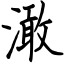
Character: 澉